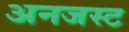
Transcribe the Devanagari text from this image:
अनजस्ट